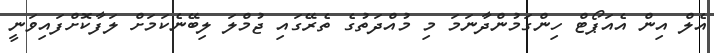
އެލް އިން އެއަޕޯޓް ހިންގަމުންދާނަމަ މި މުއްދަތުގެ ތެރޭގައި ޖުމްލަ ލިބޭނެކަމަށް ލަފާކޮށްފައިވަނީ